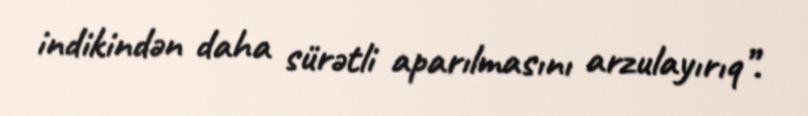
indikindən daha sürətli aparılmasını arzulayırıq”.